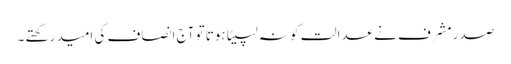
صدر مشرف نے عدالت کو نہ لپیٹا ہوتا تو آج انصاف کی امید رکھتے ۔